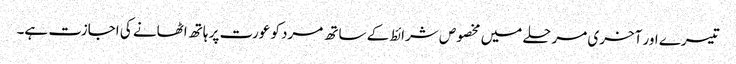
تیسرے اور آخری مرحلے میں مخصوص شرائط کے ساتھ مرد کو عورت پر ہاتھ اٹھانے کی اجازت ہے۔